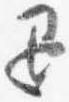
退